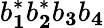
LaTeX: b_{\mathbf 1}^{*}b_{\mathbf 2}^{*}b_{\mathbf 3}b_{\mathbf 4}